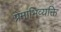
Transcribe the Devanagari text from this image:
प्रेमाभिव्यक्ति